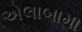
એલાબામા